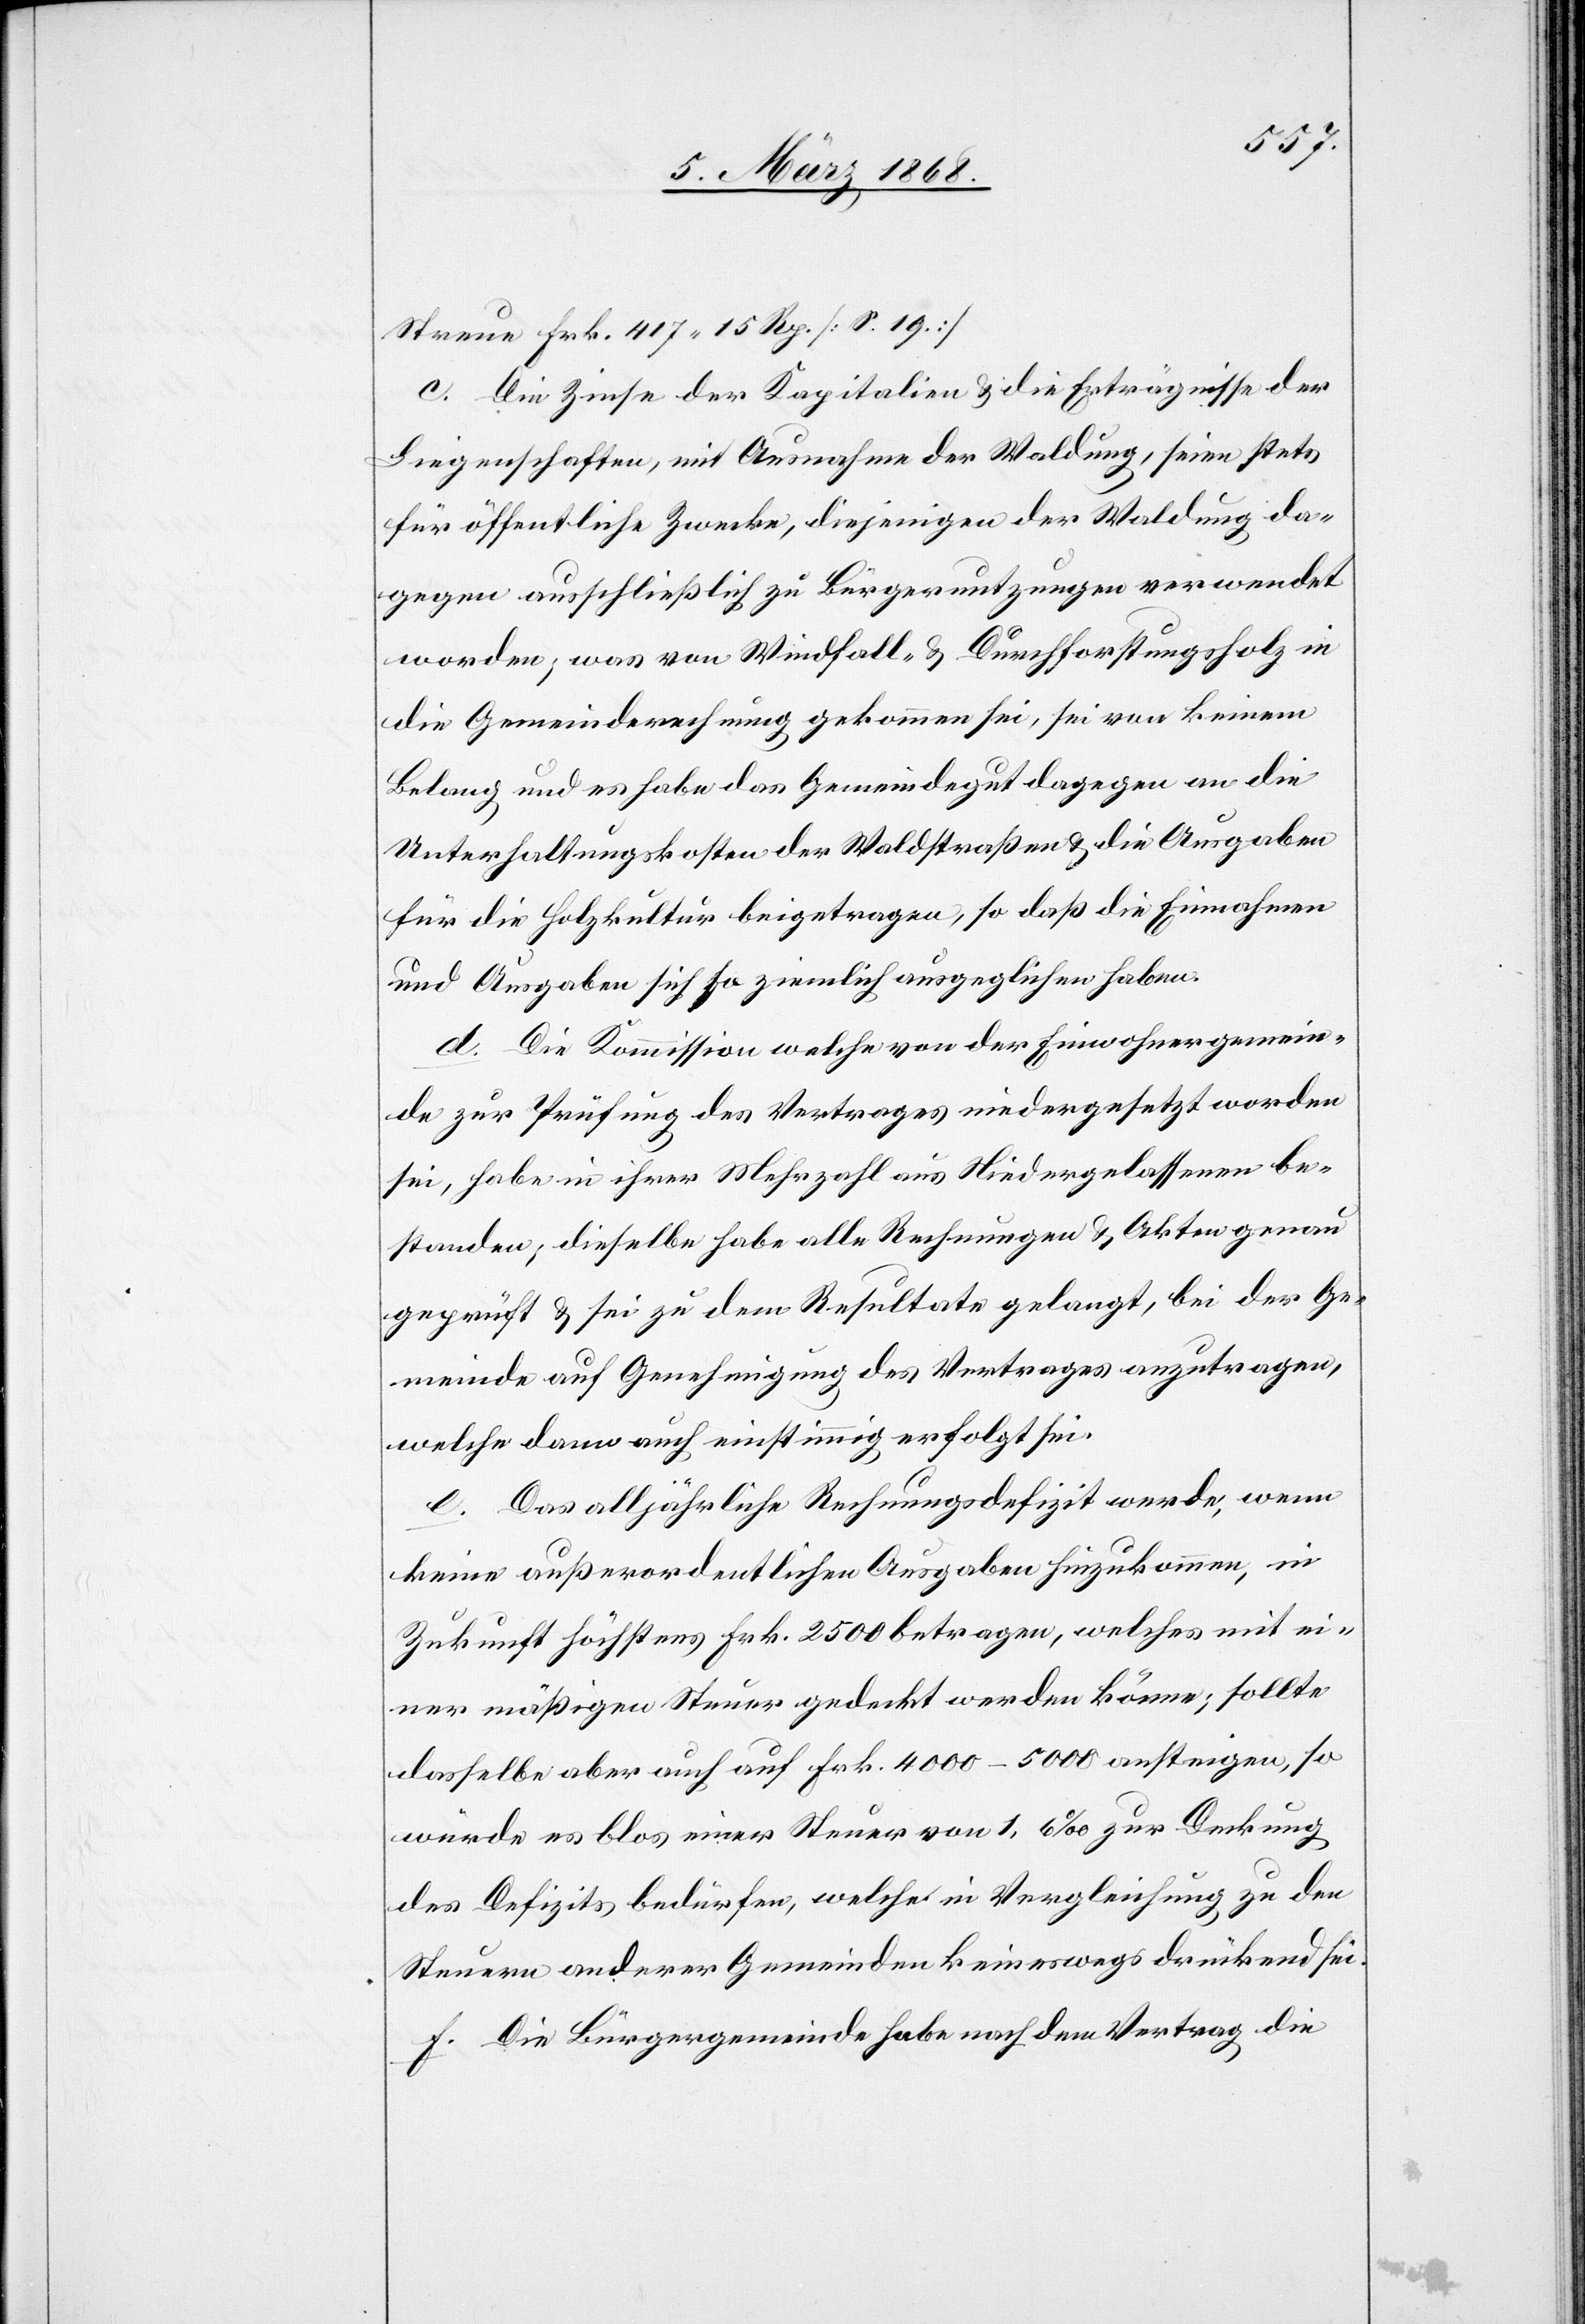
Streue Frk. 417. 15 Rp. [S. 19.]
c. Die Zinse der Kapitalien & die Erträgnisse der
Liegenschaften, mit Ausnahme der Waldung, seien stets
für öffentliche Zwecke, diejenigen der Waldung da¬
gegen ausschließlich zu Bürgernutzungen verwendet
worden; was von Windfall- & Durchforstungsholz in
die Gemeinderechnung gekommen sei, sei von keinem
Belang und es habe das Gemeindegut dagegen an die
Unterhaltungskosten der Waldstraßen & die Ausgaben
für die Holzkultur beigetragen, so daß die Einnahmen
und Ausgaben sich so ziemlich ausgeglichen haben.
d. Die Kommission welche von der Einwohnergemein¬
de zur Prüfung des Vertrages niedergesetzt worden
sei, habe in ihrer Mehrzahl aus Niedergelassenen be¬
standen; dieselbe habe alle Rechnungen & Akten genau
geprüft & sei zu dem Resultate gelangt, bei der Ge¬
meinde auf Genehmigung des Vertrages anzutragen,
welche dann auch einstimmig erfolgt sei.
e. Das alljährliche Rechnungsdefizit werde, wenn
keine außerordentlichen Ausgaben hinzukommen, in
Zukunft höchstens Frk. 2500 betragen, welches mit ei¬
ner mäßigen Steuer gedeckt werden könne; sollte
dasselbe aber auch auf Frk. 4000–5000 ansteigen, so
würde es blos einer Steuer von 1,6‰ zur Deckung
des Defizits bedürfen, welche in Vergleichung zu den
Steuern anderer Gemeinden keineswegs drückend sei.
f. Die Bürgergemeinde habe nach dem Vertrag die